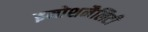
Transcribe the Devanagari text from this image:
इमोशनैलिटी